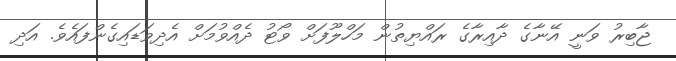
ޖާބިރު ވަނީ އޭނާގެ ދާއިރާގެ ރައްޔިތުން މަހްލޫފަށް ވޯޓު ދެއްވުމަށް އެދިވަޑައިގެންފައެވެ. އަދި